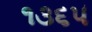
૧૩૬૫